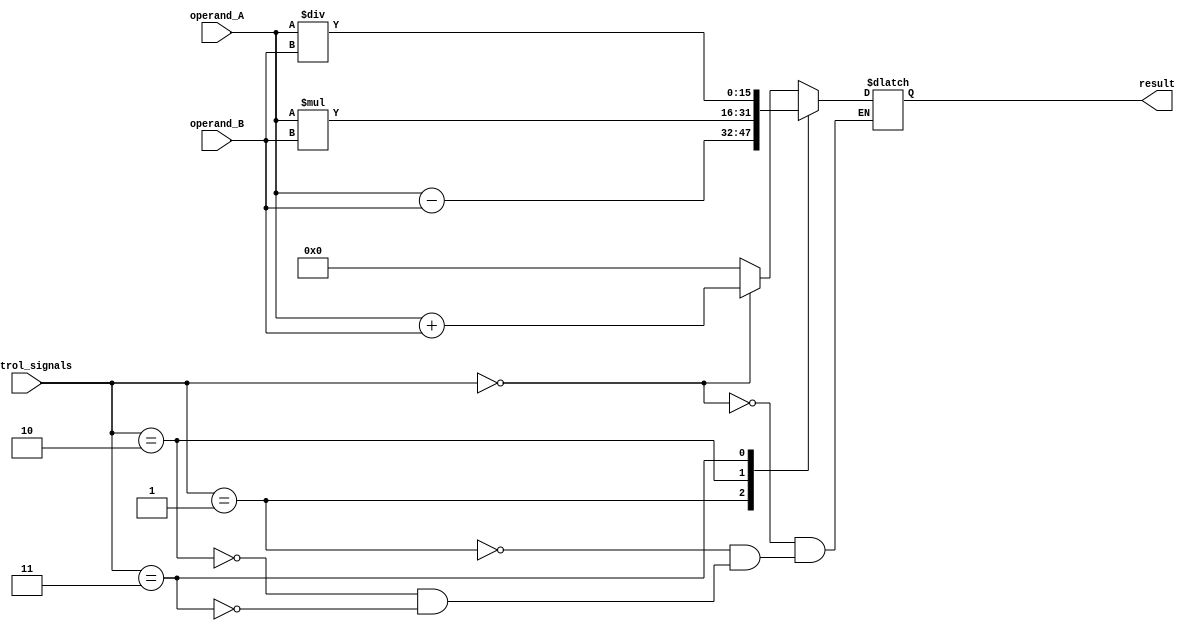
module ALU_16bit (
    input [15:0] operand_A,
    input [15:0] operand_B,
    input [2:0] control_signals,
    output reg [15:0] result
);

reg [15:0] add_output, sub_output, mul_output, div_output;

always @(*) begin
    // Add operation
    if(control_signals == 3'b000)
        add_output = operand_A + operand_B;
    else
        add_output = 16'b0;

    // Subtraction operation
    if(control_signals == 3'b001)
        sub_output = operand_A - operand_B;
    else
        sub_output = 16'b0;

    // Multiplication operation
    if(control_signals == 3'b010)
        mul_output = operand_A * operand_B;
    else
        mul_output = 16'b0;

    // Division operation
    if(control_signals == 3'b011)
        div_output = operand_A / operand_B;
    else
        div_output = 16'b0;
end

// Select output based on control signals
always @(*) begin
    case(control_signals)
        3'b000: result = add_output;
        3'b001: result = sub_output;
        3'b010: result = mul_output;
        3'b011: result = div_output;
    endcase
end

endmodule